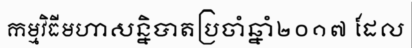
កម្មវិធីមហាសន្និបាតប្រចាំឆ្នាំ២០១៧ ដែល